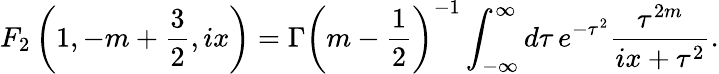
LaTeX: F_{2}\left(1,-m+{\frac{3}{2}},ix\right)=\Gamma\left(m-{\frac{1}{2}}\right)^{-1}\int_{-\infty}^{\infty}d\tau\, e^{-\tau^{2}}{\frac{\tau^{2m}}{ix+\tau^{2}}}.